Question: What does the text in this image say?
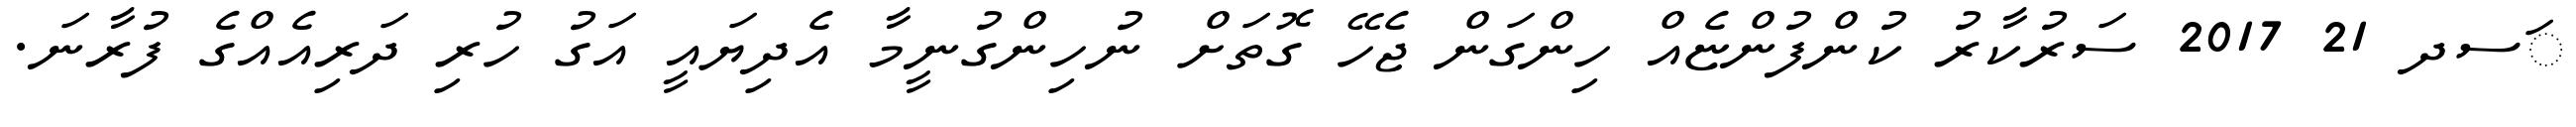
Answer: ަސދ 21 2017 ސަރުކާރު ކުންފުންޏެއް ހިންގަން ޖެހޭ ގޮތަށް ނުހިންގުނީމާ އެދިޔައީ އަގު ހުރި ދަރިއެއްގެ ފުރާނަ.